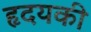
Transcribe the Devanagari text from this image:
हृदयकी